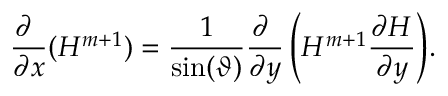
\frac { \partial ~ } { \partial x } ( H ^ { m + 1 } ) = \frac { 1 } { \sin ( \vartheta ) } \frac { \partial ~ } { \partial y } \left( H ^ { m + 1 } \frac { \partial H } { \partial y } \right) \! .